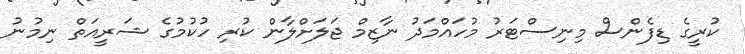
ކުރީގެ ޑިފެންސް މިނިސްޓަރު މުހައްމަދު ނާޒިމް ޖަލަށްލާން ކުރި ހުކުމުގެ ޝަރީއަތް ނިމުނު